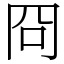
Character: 冏